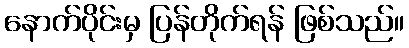
နောက်ပိုင်းမှ ပြန်တိုက်ရန် ဖြစ်သည်။